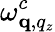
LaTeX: \omega_{\mathbf q,q_{z}}^{c}